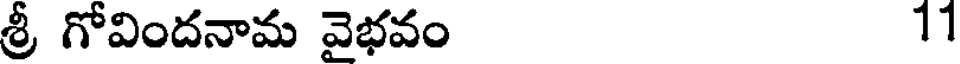
శ్రీ గోవిందనామ వైభవం 11